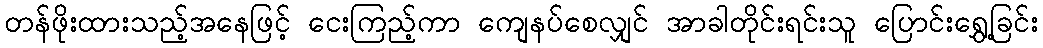
တန်ဖိုးထားသည့်အနေဖြင့် ငေးကြည့်ကာ ကျေနပ်စေလျှင် အာခါတိုင်းရင်းသူ ပြောင်းရွှေ့ခြင်း